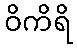
ဝိကိရိ